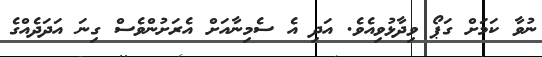
ނުވާ ކަމަށް ގަޕޯ ވިދާޅުވިއެވެ. އަދި އެ ސެމިނާއަށް އެރަށުންވެސް ގިނަ އަދަދެއްގެ